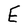
Character: E